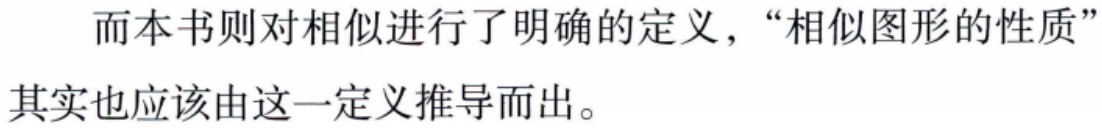
而本书则对相似进行了明确的定义，“相似图形的性质”其实也应该由这一定义推导而出。